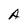
Character: A